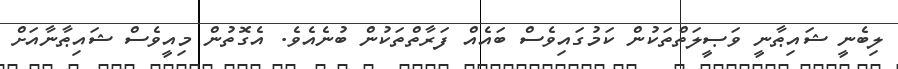
ލިބެނީ ޝައިޠާނީ ވަޞީލަތްތަކުން ކަމުގައިވެސް ބައެއް ފަރާތްތަކުން ބުނެއެވެ. އެގޮތުން މިއީވެސް ޝައިޠާނާއަށް